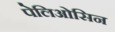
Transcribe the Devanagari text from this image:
पेलिओसिन